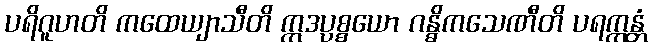
ပရိဂူဟတိ ကထေယျာသီတိ ဣဒပ္ပစ္စယော ဂန္ဓိကသေဏီတိ ပရက္ကန္တံ